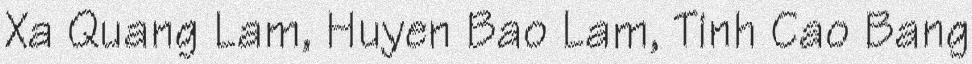
Xa Quang Lam, Huyen Bao Lam, Tinh Cao Bang